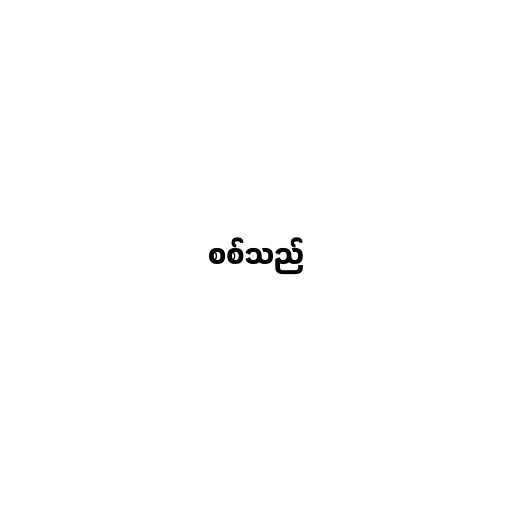
စစ်သည်